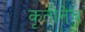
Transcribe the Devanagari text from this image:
कृतीनेच